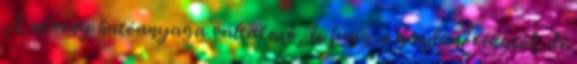
A növény hatóanyaga váltakozó, és függ a gazdanövénytől, de